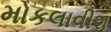
મોકલાવીશ